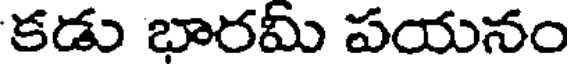
కడు భారమీ పయనం